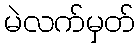
မဲလက်မှတ်